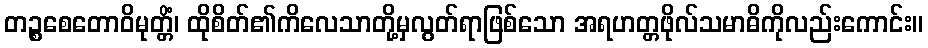
တဉ္စစေတောဝိမုတ္တိံ၊ ထိုစိတ်၏ကိလေသာတို့မှလွတ်ရာဖြစ်သော အရဟတ္တဖိုလ်သမာဓိကိုလည်းကောင်း။